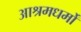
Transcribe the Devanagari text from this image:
आश्रमधर्मों